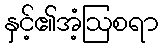
နှင့်၏အံ့ဩစရာ